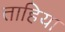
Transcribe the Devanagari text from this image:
ताहिया